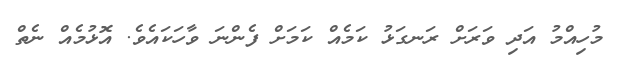
މުހިއްމު އަދި ވަރަށް ރަނގަޅު ކަމެއް ކަމަށް ފެންނަ ވާހަކައެވެ. އޮޅުމެއް ނެތް